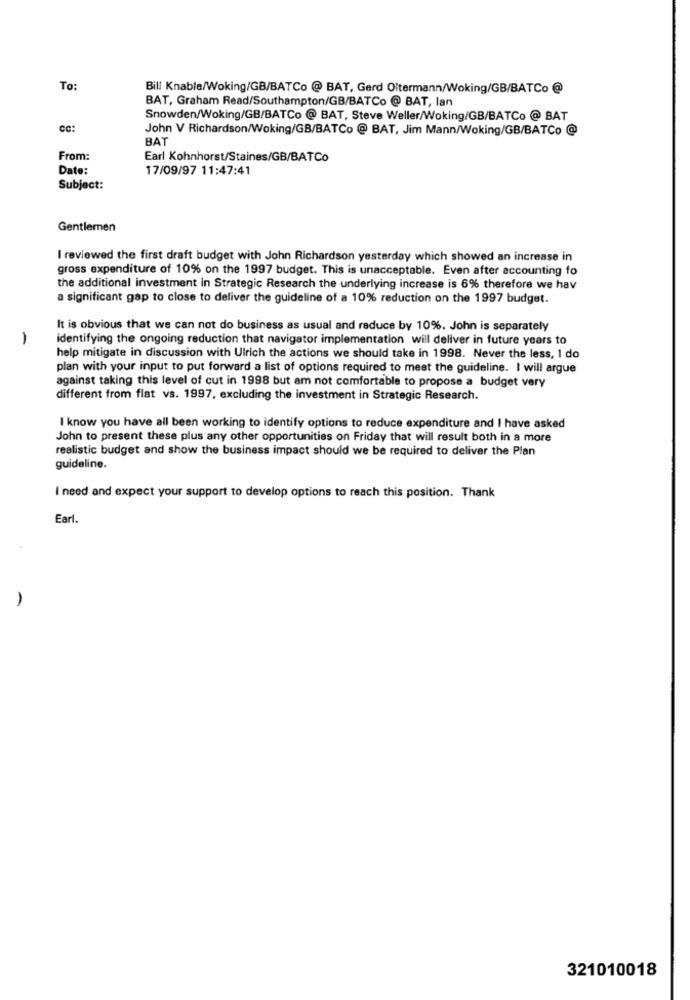
To:
Bill Knable/Woking/GB/BATCo @ BAT, Gerd Oltermann/Woking/GB/BATCo @
BAT, Graham Read/Southampton/GB/BATCo @ BAT, lan
Snowden/Woking/GB/BATCo @ BAT, Steve Weller/Woking/GB/BATCo @ BAT
CC:
John V Richardson/Woking/GB/BATCo @ BAT, Jim Mann/Woking/GB/BATCo @
BAT
From:
Earl Kohnhorst/Staines/GB/BATCo
Date:
17/09/97 11:47:41
Subject:
Gentlemen
I reviewed the first draft budget with John Richardson yesterday which showed an increase in
gross expenditure of 10% on the 1997 budget. This is unacceptable. Even after accounting fo
the additional investment in Strategic Research the underlying increase is 6% therefore we hav
a significant gap to close to deliver the guideline of a 10% reduction on the 1997 budget.
It is obvious that we can not do business as usual and reduce by 10%. John is separately
1
identifying the ongoing reduction that navigator implementation will deliver in future years to
help mitigate in discussion with Ulrich the actions we should take in 1998. Never the less, I do
plan with your input to put forward a list of options required to meet the guideline. I will argue
against taking this level of cut in 1998 but am not comfortable to propose a budget very
different from flat vs. 1997, excluding the investment in Strategic Research.
I know you have all been working to identify options to reduce expenditure and I have asked
John to present these plus any other opportunities on Friday that will result both in a more
realistic budget and show the business impact should we be required to deliver the Plan
guideline.
I need and expect your support to develop options to reach this position. Thank
Earl.
321010018